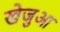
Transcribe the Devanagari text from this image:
खेजुआ